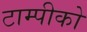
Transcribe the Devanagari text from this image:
टाम्पीको